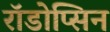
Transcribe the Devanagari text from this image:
रॉडोप्सिन